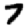
Digit: 7